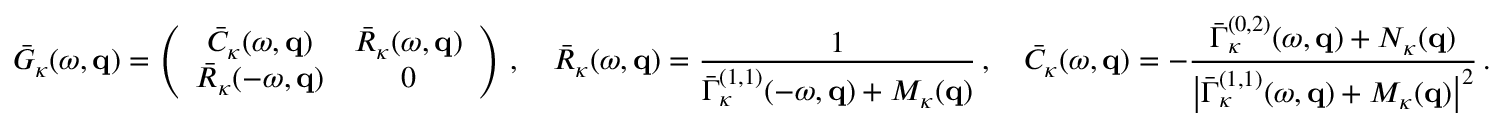
\bar { G } _ { \kappa } ( \omega , { \bf q } ) = \left( \begin{array} { c c } { \bar { C } _ { \kappa } ( \omega , { \bf q } ) } & { \bar { R } _ { \kappa } ( \omega , { \bf q } ) } \\ { \bar { R } _ { \kappa } ( - \omega , { \bf q } ) } & { 0 } \end{array} \right) \, , \quad \bar { R } _ { \kappa } ( \omega , { \bf q } ) = \frac { 1 } { \bar { \Gamma } _ { \kappa } ^ { ( 1 , 1 ) } ( - \omega , { \bf q } ) + { \cal M } _ { \kappa } ( { \bf q } ) } \, , \quad \bar { C } _ { \kappa } ( \omega , { \bf q } ) = - \frac { \bar { \Gamma } _ { \kappa } ^ { ( 0 , 2 ) } ( \omega , { \bf q } ) + { \cal N } _ { \kappa } ( { \bf q } ) } { \big | \bar { \Gamma } _ { \kappa } ^ { ( 1 , 1 ) } ( \omega , { \bf q } ) + { \cal M } _ { \kappa } ( { \bf q } ) \big | ^ { 2 } } \, .